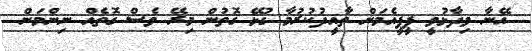
އޭނާ ވިދާޅުވީ ޕީޕީއެމަށް ތާއީދުކުރުމާ ގުޅޭ ގޮތުން މިރޭ ވެސް ގޮތެއް ނިންމަން